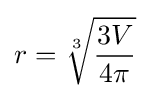
r={\sqrt[{3}]{3V \over 4\pi }}